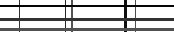
.